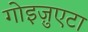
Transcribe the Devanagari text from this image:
गोइज़ुएटा